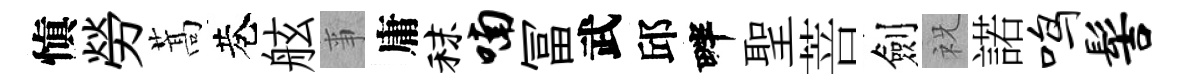
愼勞蒿巷舷亊庸秣喃冨武邱畔聖菩劍祝諾鸣髻